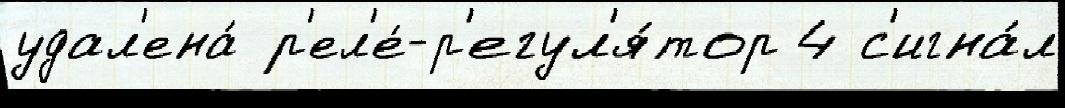
удал'ена́ р'ел'е́-р'егул'я́тор 4 с'игна́л